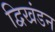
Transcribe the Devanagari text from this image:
द्विखंडन